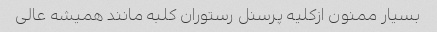
بسیار ممنون ازکلیه پرسنل رستوران کلبه مانند همیشه عالی